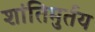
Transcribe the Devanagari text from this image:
शांतिमुर्तय